Scottish Certificate of Education, 1963
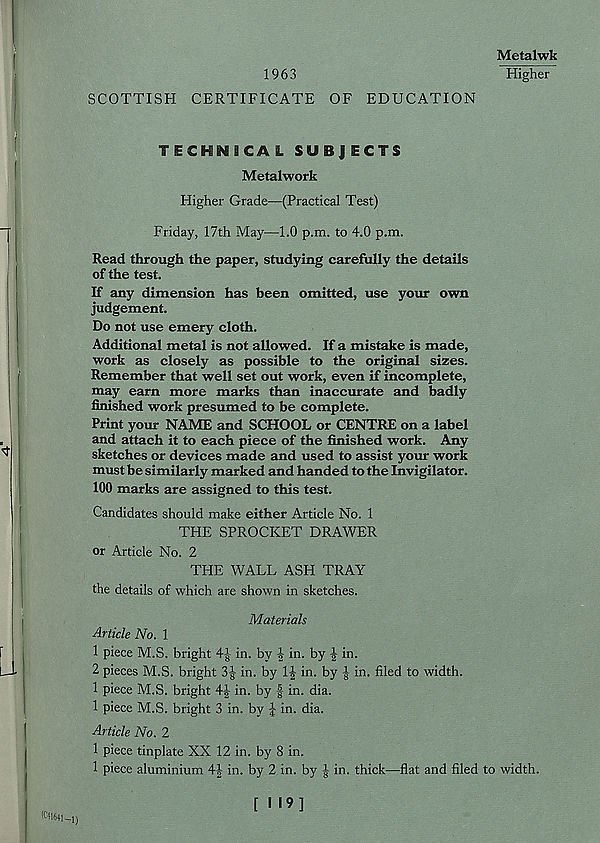
1963
SCOTTISH CERTIFICATE OF EDUCATION
Metalwk
Higher
TECHNICAL SUBJECTS
Metalwork
Higher Grade—(Practical Test)
Friday, 17th May—1.0 p.m. to 4.0 p.m.
Read through the paper, studying carefully the details
of the test.
If any dimension has been omitted, use your own
judgement.
Do not use emery cloth.
Additional metal is not allowed. If a mistake is made,
work as closely as possible to the original sizes.
Remember that well set out work, even if incomplete,
may earn more marks than inaccurate and badly
finished work presumed to be complete.
Print your NAME and SCHOOL or CENTRE on a label
and attach it to each piece of the finished work. Any
sketches or devices made and used to assist your work
must be similarly marked and handed to the Invigilator.
100 marks are assigned to this test.
Candidates should make either Article No. 1
THE SPROCKET DRAWER
or Article No. 2
THE WALL ASH TRAY
the details of which are shown in sketches.
Materials
Article No. 1
1 piece M.S. bright 4J in. by | in. by | in.
2 pieces M.S. bright 3-|- in. by 1| in. by J in. filed to width.
1 piece M.S. bright 4| in. by in. dia.
1 piece M.S. bright 3 in. by J in. dia.
Article No. 2
1 piece tinplate XX 12 in. by 8 in.
1 piece aluminium 4-1- in. by 2 in. by | in. thick—flat and filed to width.
IC41641-1)
[119]